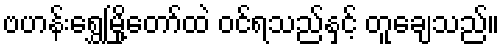
ဗဟန်းရွှေမြို့တော်ထဲ ဝင်ရသည်နှင့် တူချေသည်။